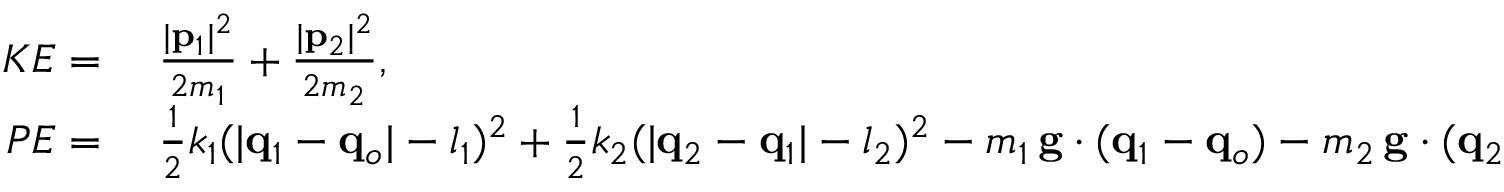
\begin{array} { r l } { K E = } & { { } \; \frac { | \mathbf { p } _ { 1 } | ^ { 2 } } { 2 m _ { 1 } } + \frac { | \mathbf { p } _ { 2 } | ^ { 2 } } { 2 m _ { 2 } } , } \\ { P E = } & { { } \; \frac 1 2 k _ { 1 } ( | \mathbf { q } _ { 1 } - \mathbf { q } _ { o } | - l _ { 1 } ) ^ { 2 } + \frac 1 2 k _ { 2 } ( | \mathbf { q } _ { 2 } - \mathbf { q } _ { 1 } | - l _ { 2 } ) ^ { 2 } - m _ { 1 } \, \mathbf { g } \cdot ( \mathbf { q } _ { 1 } - \mathbf { q } _ { o } ) - m _ { 2 } \, \mathbf { g } \cdot ( \mathbf { q } _ { 2 } - \mathbf { q } _ { o } ) , } \end{array}